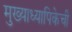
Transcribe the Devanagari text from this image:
मुख्याध्यापिकेची